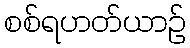
စစ်ရဟတ်ယာဉ်